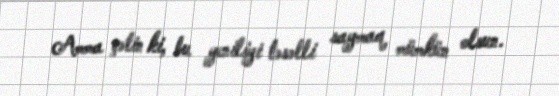
Amma çətin ki, bu yeniliyi təsəlli saymaq mümkün olsun.